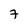
Character: 7